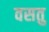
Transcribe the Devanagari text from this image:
वसतु